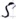
Text: S